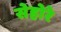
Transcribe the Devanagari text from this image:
सेहोरे